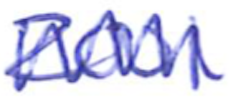
Text: 2001
Cross-out: zig-zag
Writing tool: ballpoint